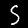
Label: 5